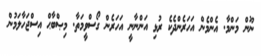
ނޫން މަންމާ. އެންމެން އަހަރެންދެކެ ރުޅި އަންނާނީ އަހަރެން ގޯސްވީމަތާ. މިޞްބާޙް އިސްޖަހާލަމުން